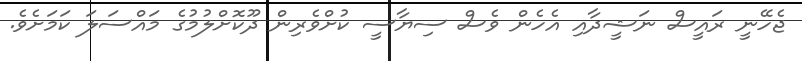
ޖެހޭނީ ރައީސް ނަޝީދާއި އެހެން ވެސް ސިޔާސީ ކުށްވެރިން ދޫކޮށްލުމުގެ މައްސަލަ ކަމަށެވެ.